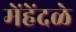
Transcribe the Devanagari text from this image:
मेंहेंदळे